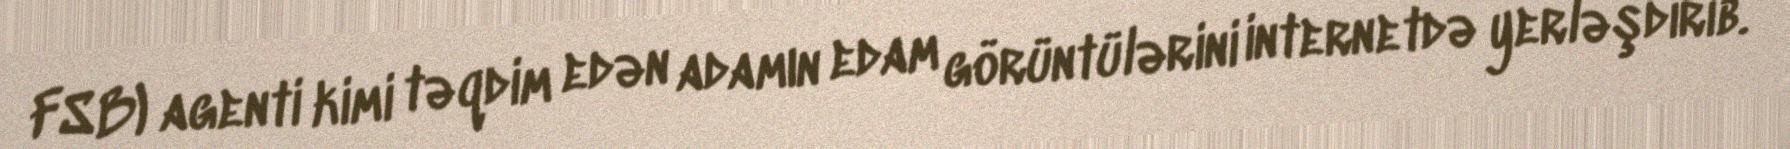
FSB) agenti kimi təqdim edən adamın edam görüntülərini internetdə yerləşdirib.